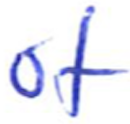
Text: of
Cross-out: clean
Writing tool: ballpoint